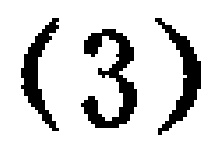
$(3)$